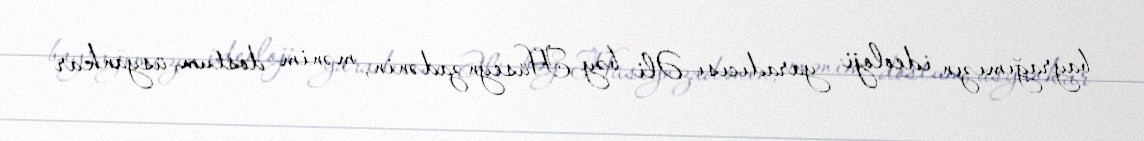
bayrağımızın ideoloji yaradıcısı Əli bəy Hüseynzadənin, mənim dostum, üsyankar